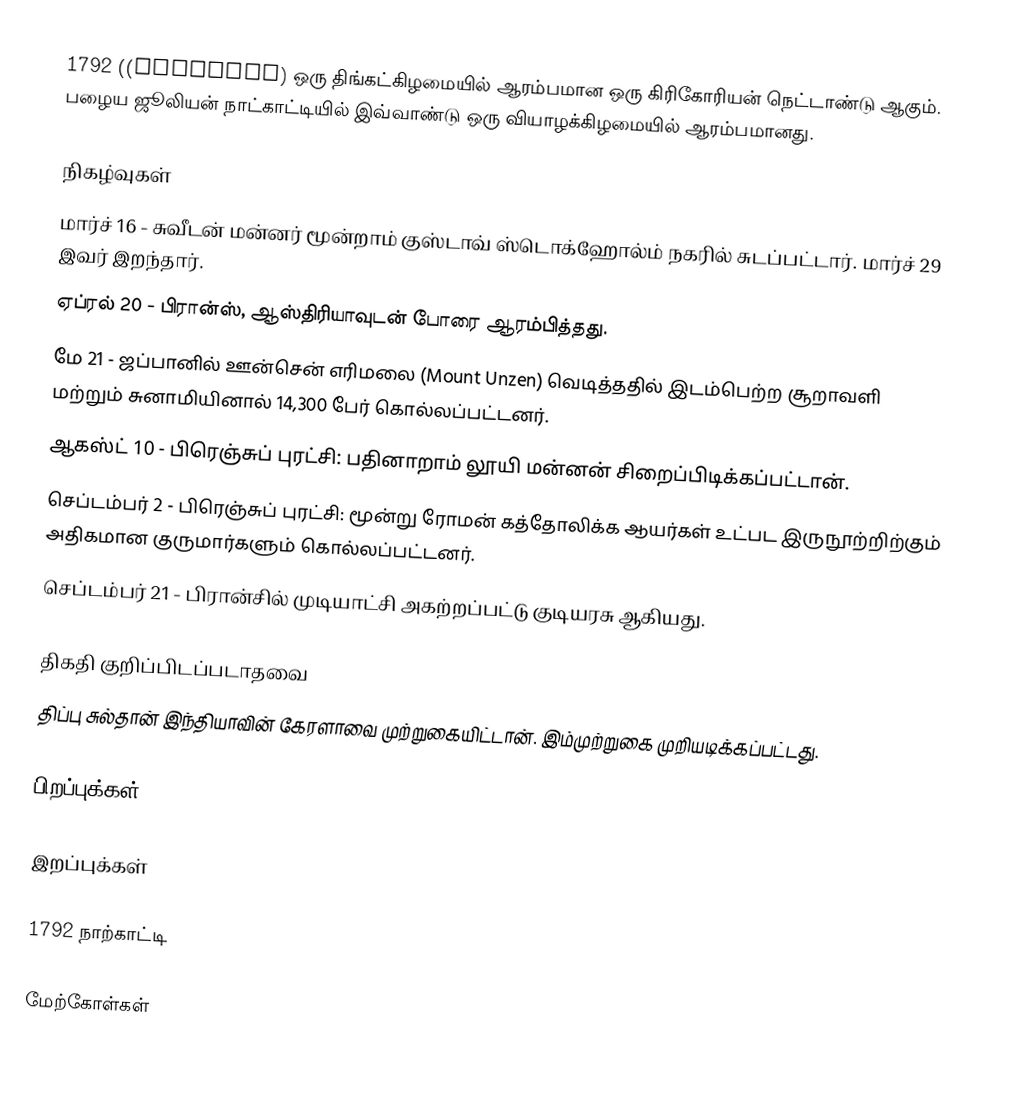
1792  ((MDCCXCII) ஒரு திங்கட்கிழமையில் ஆரம்பமான ஒரு கிரிகோரியன் நெட்டாண்டு ஆகும். பழைய ஜூலியன் நாட்காட்டியில் இவ்வாண்டு ஒரு வியாழக்கிழமையில் ஆரம்பமானது.

நிகழ்வுகள்
 மார்ச் 16 - சுவீடன் மன்னர் மூன்றாம் குஸ்டாவ் ஸ்டொக்ஹோல்ம் நகரில் சுடப்பட்டார். மார்ச் 29 இவர் இறந்தார்.
 ஏப்ரல் 20 - பிரான்ஸ், ஆஸ்திரியாவுடன் போரை ஆரம்பித்தது.
 மே 21 - ஜப்பானில் ஊன்சென் எரிமலை (Mount Unzen) வெடித்ததில் இடம்பெற்ற சூறாவளி மற்றும் சுனாமியினால் 14,300 பேர் கொல்லப்பட்டனர்.
 ஆகஸ்ட் 10 - பிரெஞ்சுப் புரட்சி: பதினாறாம் லூயி மன்னன் சிறைப்பிடிக்கப்பட்டான்.
 செப்டம்பர் 2 - பிரெஞ்சுப் புரட்சி: மூன்று ரோமன் கத்தோலிக்க ஆயர்கள் உட்பட இருநூற்றிற்கும் அதிகமான குருமார்களும் கொல்லப்பட்டனர்.
 செப்டம்பர் 21 - பிரான்சில் முடியாட்சி அகற்றப்பட்டு குடியரசு ஆகியது.

திகதி குறிப்பிடப்படாதவை
 திப்பு சுல்தான் இந்தியாவின் கேரளாவை முற்றுகையிட்டான். இம்முற்றுகை முறியடிக்கப்பட்டது.

பிறப்புக்கள்

இறப்புக்கள்

1792 நாற்காட்டி

மேற்கோள்கள்